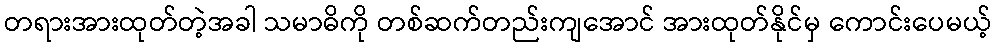
တရားအားထုတ်တဲ့အခါ သမာဓိကို တစ်ဆက်တည်းကျအောင် အားထုတ်နိုင်မှ ကောင်းပေမယ့်